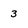
Character: 3